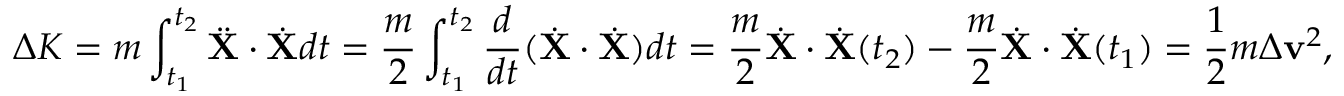
\Delta K = m \int _ { t _ { 1 } } ^ { t _ { 2 } } { \ddot { \mathbf { X } } } \cdot { \dot { \mathbf { X } } } d t = { \frac { m } { 2 } } \int _ { t _ { 1 } } ^ { t _ { 2 } } { \frac { d } { d t } } ( { \dot { \mathbf { X } } } \cdot { \dot { \mathbf { X } } } ) d t = { \frac { m } { 2 } } { \dot { \mathbf { X } } } \cdot { \dot { \mathbf { X } } } ( t _ { 2 } ) - { \frac { m } { 2 } } { \dot { \mathbf { X } } } \cdot { \dot { \mathbf { X } } } ( t _ { 1 } ) = { \frac { 1 } { 2 } } m \Delta \mathbf { v } ^ { 2 } ,